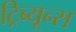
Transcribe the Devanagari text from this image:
ट्रिब्यून्स